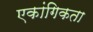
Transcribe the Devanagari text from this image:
एकांगिकता